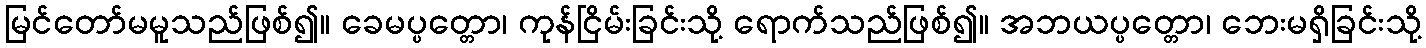
မြင်တော်မမူသည်ဖြစ်၍။ ခေမပ္ပတ္တော၊ ကုန်ငြိမ်းခြင်းသို့ ရောက်သည်ဖြစ်၍။ အဘယပ္ပတ္တော၊ ဘေးမရှိခြင်းသို့